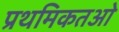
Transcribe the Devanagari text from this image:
प्रथमिकतओ